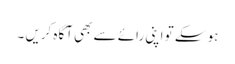
ہو سکے تو اپنی رائے سے بھی آگاہ کریں ۔